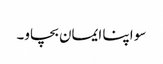
سو اپنا ایمان بچاو۔